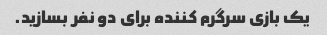
یک بازی سرگرم کننده برای دو نفر بسازید.